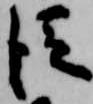
従